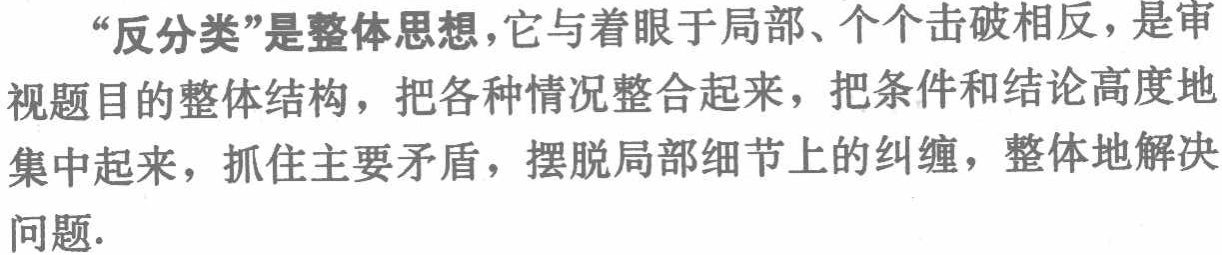
“反分类”是整体思想，它与着眼于局部、个个击破相反，是审视题目的整体结构，把各种情况整合起来，把条件和结论高度地集中起来，抓住主要矛盾，摆脱局部细节上的纠缠，整体地解决问题.